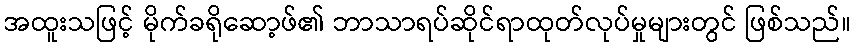
အထူးသဖြင့် မိုက်ခရိုဆော့ဖ်၏ ဘာသာရပ်ဆိုင်ရာထုတ်လုပ်မှုများတွင် ဖြစ်သည်။